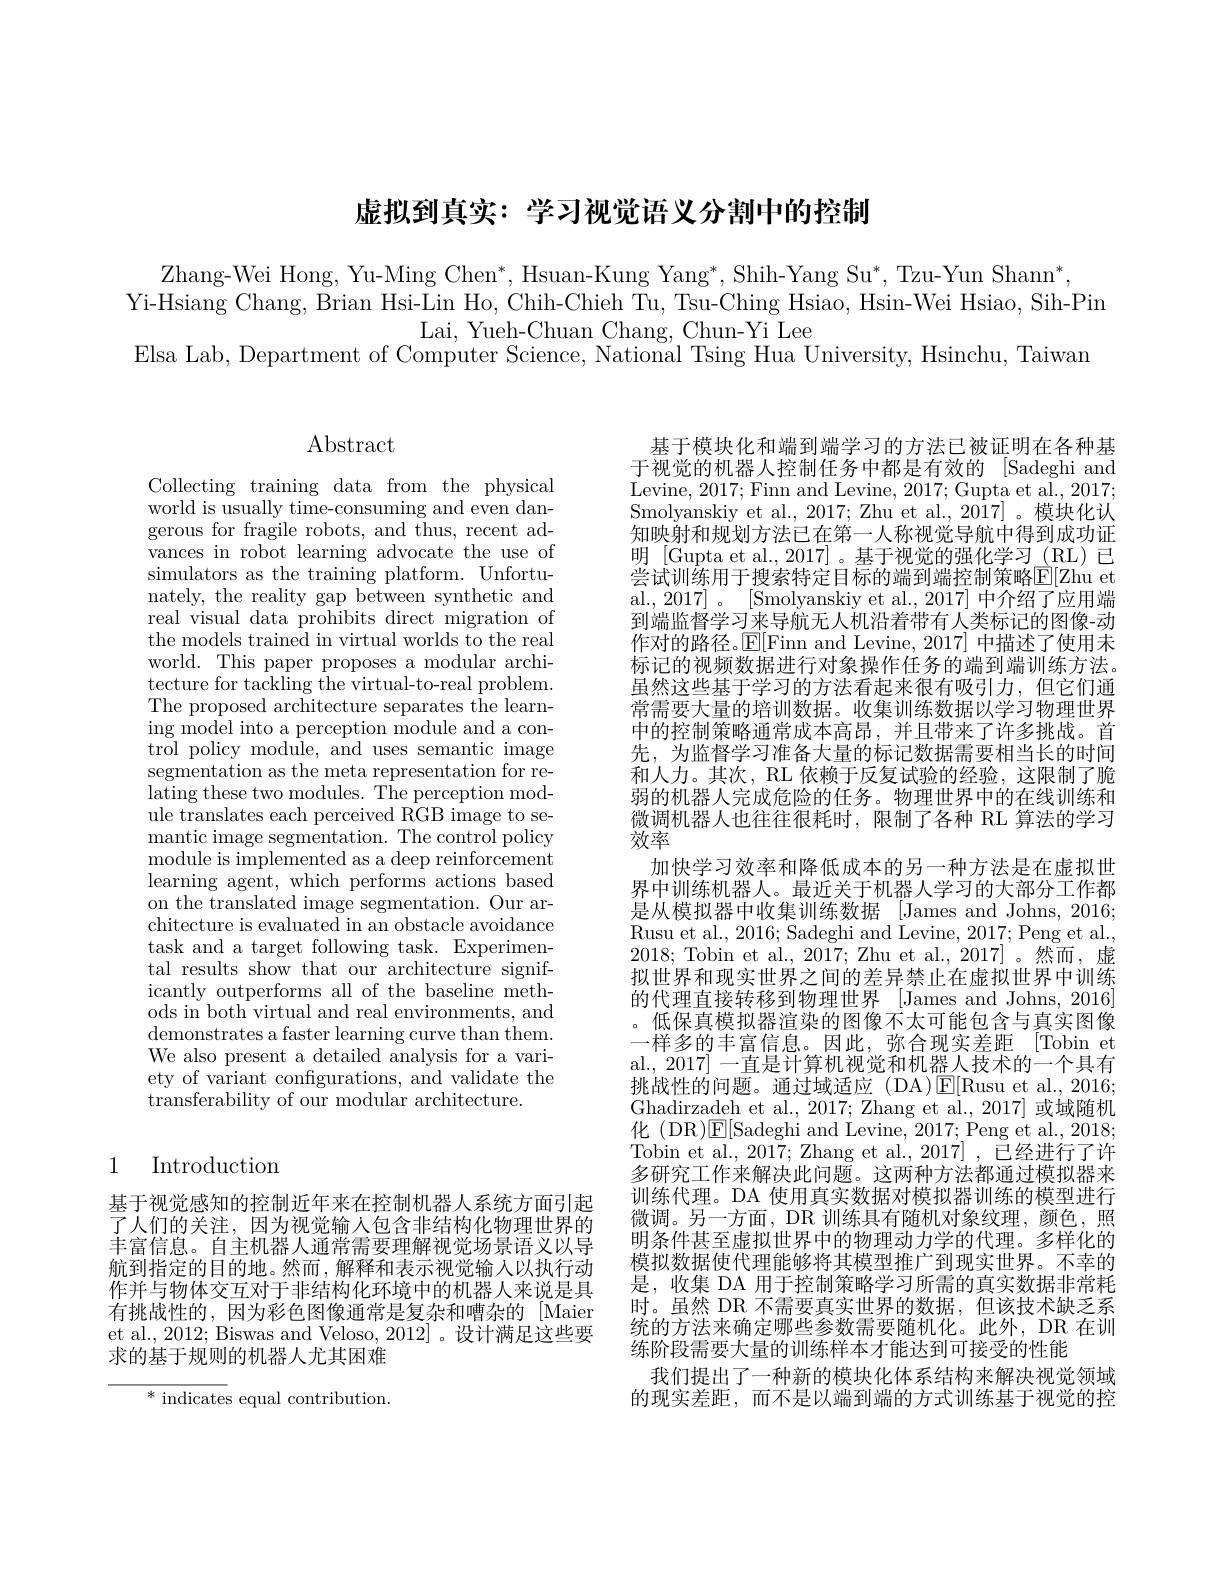
虚拟到真实：学习视觉语义分割中的控制

Zhang-Wei Hong, Yu-Ming Chen*, Hsuan-Kung Yang*, Shih-Yang Su*, Tzu-Yun Shann*,
Yi-Hsiang Chang, Brian Hsi-Lin Ho, Chih-Chieh Tu, Tsu-Ching Hsiao, Hsin-Wei Hsiao, Sih-Pin
Lai, Yueh-Chuan Chang, Chun-Yi Lee
Elsa Lab, Department of Computer Science, National Tsing Hua University, Hsinchu, Taiwan

Abstract

Collecting training data from the physical world is usually time-consuming and even dangerous for fragile robots, and thus, recent advances in robot learning advocate the use of simulators as the training platform. Unfortunately, the reality gap between synthetic and real visual data prohibits direct migration of the models trained in virtual worlds to the real world. This paper proposes a modular architecture for tackling the virtual-to-real problem. The proposed architecture separates the learning model into a perception module and a control policy module, and uses semantic image segmentation as the meta representation for relating these two modules. The perception module translates each perceived RGB image to semantic image segmentation. The control policy module is implemented as a deep reinforcement learning agent, which performs actions based on the translated image segmentation. Our architecture is evaluated in an obstacle avoidance task and a target following task. Experimental results show that our architecture significantly outperforms all of the baseline methods in both virtual and real environments, and demonstrates a faster learning curve than them. We also present a detailed analysis for a variety of variant confgurations, and validate the transferability of our modular architecture.

## 1 Introduction

基于视觉感知的控制近年来在控制机器人系统方面引起了人们的关注，因为视觉输入包含非结构化物理世界的丰富信息。自主机器人通常需要理解视觉场景语义以导航到指定的目的地。然而，解释和表示视觉输入以执行动作并与物体交互对于非结构化环境中的机器人来说是具有挑战性的，因为彩色图像通常是复杂和嘈杂的[Maier et al., 2012; Biswas and Veloso, 2012]。设计满足这些要求的基于规则的机器人尤其困难

$^*$ indicates equal contribution.

基于模块化和端到端学习的方法已被证明在各种基于视觉的机器人控制任务中都是有效的 [Sadeghi and Levine, 2017; Finn and Levine, 2017; Gupta et al., 2017; Smolyanskiy et al., 2017; Zhu et al., 2017]。模块化认知映射和规划方法已在第一人称视觉导航中得到成功证明 [Gupta et al., 2017]。基于视觉的强化学习 (RL)已尝试训练用于搜索特定目标的端到端控制策略E[ Zhu et] al., 2017]。[Smolyanskiy et al., 2017] 中介绍了应用端到端监督学习来导航无人机沿着带有人类标记的图像-动作对的路径。$\mathbb{E}[$Finn and Levine, 2017] 中描述了使用未标记的视频数据进行对象操作任务的端到端训练方法。虽然这些基于学习的方法看起来很有吸引力，但它们通常需要大量的培训数据。收集训练数据以学习物理世界中的控制策略通常成本高昂，并且带来了许多挑战。首先，为监督学习准备大量的标记数据需要相当长的时间和人力。其次，RL 依赖于反复试验的经验，这限制了脆弱的机器人完成危险的任务。物理世界中的在线训练和微调机器人也往往很耗时，限制了各种 RL 算法的学习效率
加快学习效率和降低成本的另一种方法是在虚拟世界中训练机器人。最近关于机器人学习的大部分工作都是从模拟器中收集训练数据 [James and Johns, 2016; Rusu et al., 2016; Sadeghi and Levine, 2017; Peng et al. 2018; Tobin et al., 2017; Zhu et al., 2017]。然而，虚拟世界和现实世界之间的差异禁止在虚拟世界中训练的代理直接转移到物理世界[James and Johns, 2016] 。低保真模拟器渲染的图像不太可能包含与真实图像一样多的丰富信息。因此，弥合现实差距 [Tobin et al., 2017] 一直是计算机视觉和机器人技术的一个具有挑战性的问题。通过域适应(DA)$\operatorname{E}[$Rusu et al,2016; Ghadirzadeh et al., 2017; Zhang et al., 2017] 或域随机化 (DR)E[Sadeghi and Levine, 2017; Peng et al., 2018; Tobin et al., 2017; Zhang et al., 2017] , 已经进行了许多研究工作来解决此问题。这两种方法都通过模拟器来训练代理。DA 使用真实数据对模拟器训练的模型进行微调。另一方面，DR 训练具有随机对象纹理，颜色，照明条件甚至虚拟世界中的物理动力学的代理。多样化的模拟数据使代理能够将其模型推广到现实世界。不幸的是，收集 DA 用于控制策略学习所需的真实数据非常耗时。虽然 DR 不需要真实世界的数据，但该技术缺乏系统的方法来确定哪些参数需要随机化。此外，DR 在训练阶段需要大量的训练样本才能达到可接受的性能
我们提出了一种新的模块化体系结构来解决视觉领域的现实差距，而不是以端到端的方式训练基于视觉的控